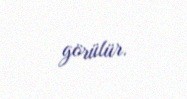
görülür.